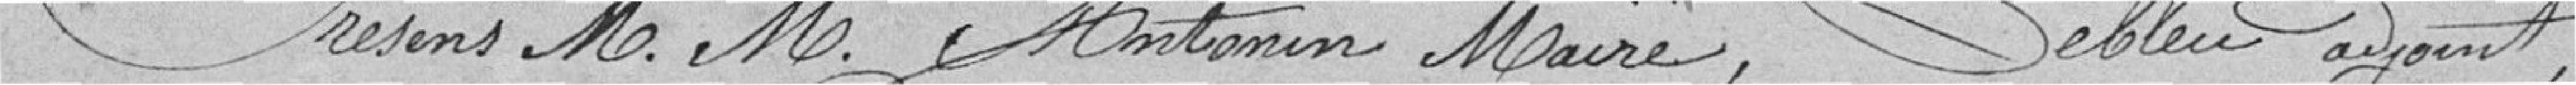
Présents MM. Antonin Maire, Lebleu adjoint,